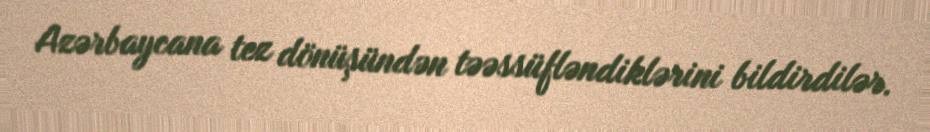
Azərbaycana tez dönüşündən təəssüfləndiklərini bildirdilər.